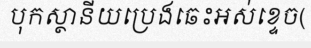
បុកស្ថានីយប្រេងឆេះអស់ខ្ទេច(